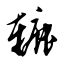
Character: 辘